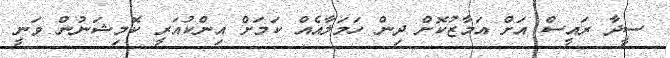
ސީދާ ރައީސް އަށް އަމާޒުކޮށް ދިން ހަމަލާއެއް ކަމަށް އިންކުއަރީ ކޮމިޝަނުން ވަނީ